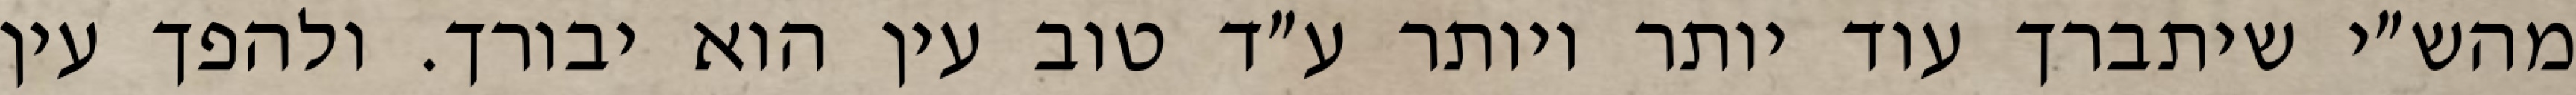
מהש״י שיתברך עוד יותר ויותר ע״ד טוב עין הוא יבורך. ולהפך עין